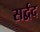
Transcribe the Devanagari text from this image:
सर्द्वद